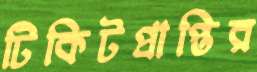
টিকিটপ্রাপ্তির